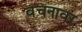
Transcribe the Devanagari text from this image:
वचनावर